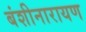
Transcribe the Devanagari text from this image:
बंशीनारायण